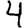
Digit: 4